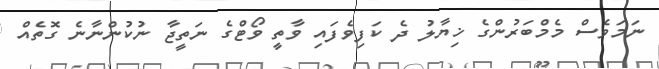
ނަމަވެސް މެމްބަރުންގެ ޚިޔާލު ދެ ކަފިވެފައި ވާތީ ވޯޓްގެ ނަތީޖާ ނުކުންނާނެ ގޮތެއް